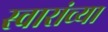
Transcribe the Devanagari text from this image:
स्वारांच्या